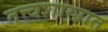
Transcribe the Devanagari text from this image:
तत्त्वशास्त्रात